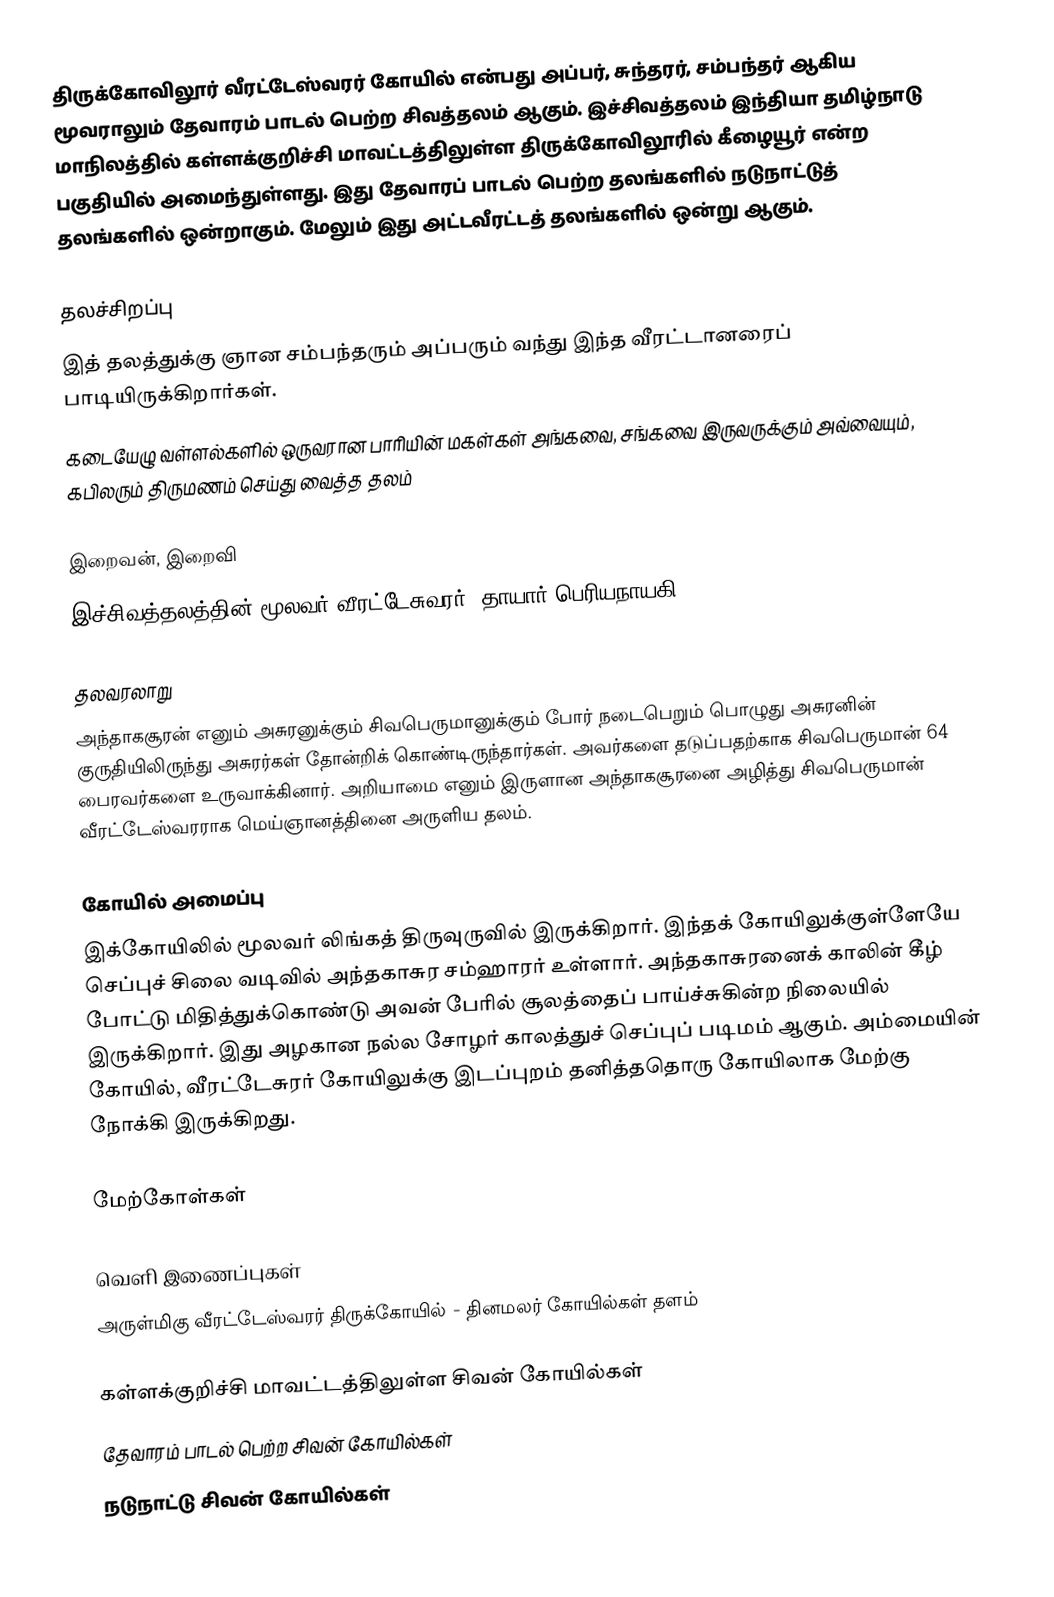
திருக்கோவிலூர் வீரட்டேஸ்வரர் கோயில் என்பது அப்பர், சுந்தரர், சம்பந்தர் ஆகிய மூவராலும் தேவாரம் பாடல் பெற்ற சிவத்தலம் ஆகும். இச்சிவத்தலம் இந்தியா தமிழ்நாடு மாநிலத்தில் கள்ளக்குறிச்சி மாவட்டத்திலுள்ள திருக்கோவிலூரில் கீழையூர் என்ற பகுதியில் அமைந்துள்ளது. இது தேவாரப் பாடல் பெற்ற தலங்களில் நடுநாட்டுத் தலங்களில் ஒன்றாகும். மேலும் இது அட்டவீரட்டத் தலங்களில் ஒன்று ஆகும்.

தலச்சிறப்பு
  இத் தலத்துக்கு ஞான சம்பந்தரும் அப்பரும் வந்து இந்த வீரட்டானரைப் பாடியிருக்கிறார்கள்.
 கடையேழு வள்ளல்களில் ஒருவரான பாரியின் மகள்கள் அங்கவை, சங்கவை இருவருக்கும் அவ்வையும், கபிலரும் திருமணம் செய்து வைத்த தலம்

இறைவன், இறைவி
இச்சிவத்தலத்தின் மூலவர் வீரட்டேசுவரர், தாயார் பெரியநாயகி.

தலவரலாறு
அந்தாகசூரன் எனும் அசுரனுக்கும் சிவபெருமானுக்கும் போர் நடைபெறும் பொழுது அசுரனின் குருதியிலிருந்து அசுரர்கள் தோன்றிக் கொண்டிருந்தார்கள். அவர்களை தடுப்பதற்காக சிவபெருமான் 64 பைரவர்களை உருவாக்கினார். அறியாமை எனும் இருளான அந்தாகசூரனை அழித்து சிவபெருமான் வீரட்டேஸ்வரராக மெய்ஞானத்தினை அருளிய தலம்.

கோயில் அமைப்பு
இக்கோயிலில் மூலவர் லிங்கத் திருவுருவில் இருக்கிறார். இந்தக் கோயிலுக்குள்ளேயே செப்புச் சிலை வடிவில் அந்தகாசுர சம்ஹாரர் உள்ளார். அந்தகாசுரனைக் காலின் கீழ் போட்டு மிதித்துக்கொண்டு அவன் பேரில் சூலத்தைப் பாய்ச்சுகின்ற நிலையில் இருக்கிறார். இது அழகான நல்ல சோழர் காலத்துச் செப்புப் படிமம் ஆகும்.  அம்மையின் கோயில், வீரட்டேசுரர் கோயிலுக்கு இடப்புறம் தனித்ததொரு கோயிலாக மேற்கு நோக்கி இருக்கிறது.

மேற்கோள்கள்

வெளி இணைப்புகள்
அருள்மிகு வீரட்டேஸ்வரர் திருக்கோயில் - தினமலர் கோயில்கள் தளம்

கள்ளக்குறிச்சி மாவட்டத்திலுள்ள சிவன் கோயில்கள்
தேவாரம் பாடல் பெற்ற சிவன் கோயில்கள்
நடுநாட்டு சிவன் கோயில்கள்